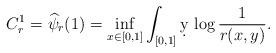
LaTeX: \begin{align*}C_r^1 = \widehat\psi_r(1) = \inf_{x\in[0,1]} \int_{[0,1]} \d y\,\log\frac{1}{r(x,y)}.\end{align*}